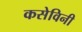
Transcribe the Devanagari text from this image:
कसेविनी